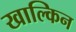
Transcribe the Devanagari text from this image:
खाल्किन